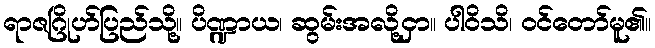
ရာဇဂြိုဟ်ပြည်သို့။ ပိဏ္ဍာယ၊ ဆွမ်းအလို့ငှာ။ ပါဝိသိ၊ ဝင်တော်မူ၏။